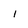
Character: 1